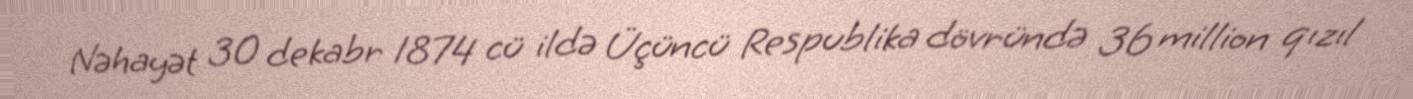
Nəhayət 30 dekabr 1874 cü ildə Üçüncü Respublika dövründə 36 million qızıl